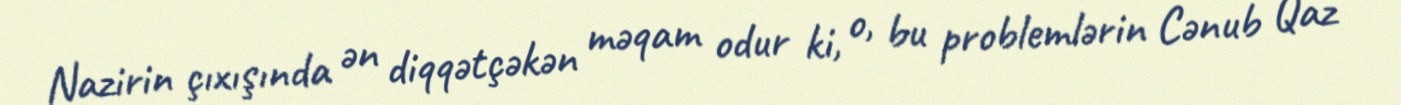
Nazirin çıxışında ən diqqətçəkən məqam odur ki, o, bu problemlərin Cənub Qaz